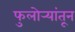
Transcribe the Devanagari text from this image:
फुलोर्‍यांतून